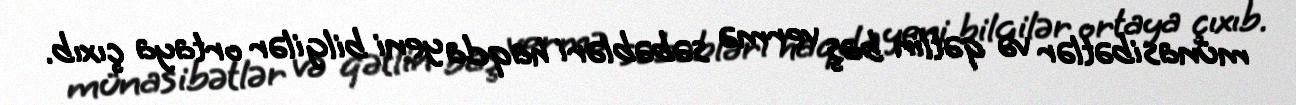
münasibətlər və qətlin baş vermə səbəbləri haqda yeni bilgilər ortaya çıxıb.